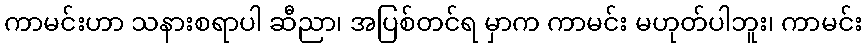
ကာမင်းဟာ သနားစရာပါ ဆီညာ၊ အပြစ်တင်ရ မှာက ကာမင်း မဟုတ်ပါဘူး၊ ကာမင်း